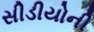
સીડીયોની